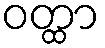
ဝတ္ထာ